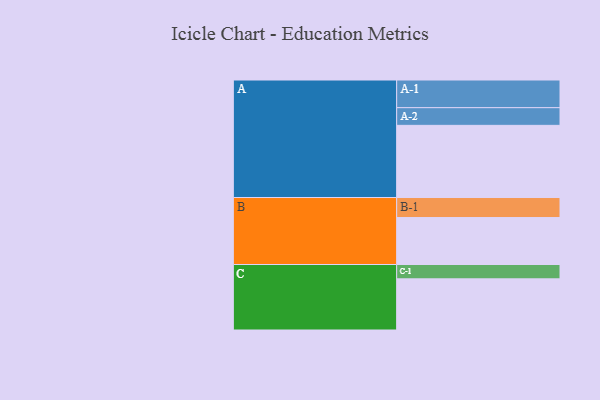
{"axis": {"x": "Segment", "y": "Value"}, "legend": ["", "A", "B", "C"], "data": [{"x": "A", "y": 584, "type": ""}, {"x": "B", "y": 380, "type": ""}, {"x": "C", "y": 414, "type": ""}, {"x": "A-1", "y": 224, "type": "A"}, {"x": "A-2", "y": 143, "type": "A"}, {"x": "B-1", "y": 162, "type": "B"}, {"x": "C-1", "y": 116, "type": "C"}]}